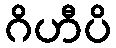
ဂိဟီပိ